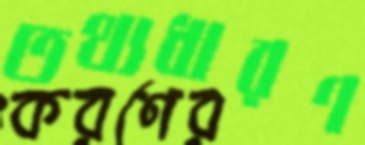
তথ্যধারণ